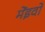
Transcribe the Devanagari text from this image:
मेंइवो